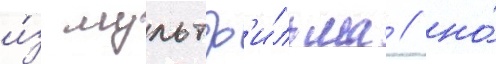
и́з мультф'и́льма / но́